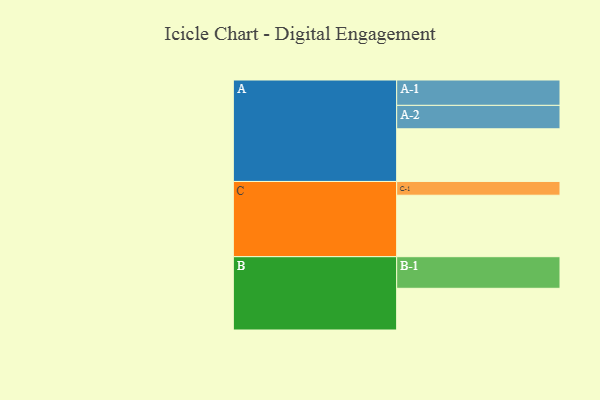
{"axis": {"x": "Segment", "y": "Value"}, "legend": ["", "A", "B", "C"], "data": [{"x": "A", "y": 490, "type": ""}, {"x": "B", "y": 388, "type": ""}, {"x": "C", "y": 572, "type": ""}, {"x": "A-1", "y": 236, "type": "A"}, {"x": "A-2", "y": 218, "type": "A"}, {"x": "B-1", "y": 294, "type": "B"}, {"x": "C-1", "y": 128, "type": "C"}]}